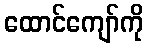
ထောင်ကျော်ကို